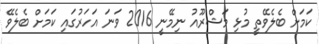
ކަމަށް ބެލެވޭތީ މުޅި މަޝްރޫއު ނިމޭނީ 2016 ވަނަ އަހަރުގައި ކަމަށް ބެލެވޭ